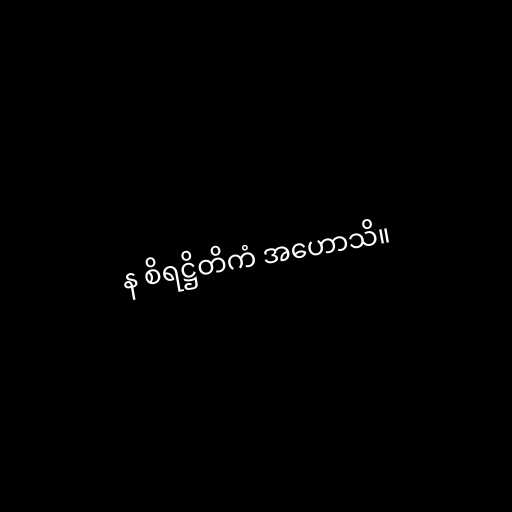
န စိရဋ္ဌိတိကံ အဟောသိ။